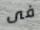
فى